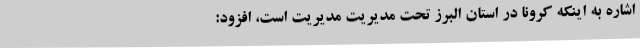
اشاره به اینکه کرونا در استان البرز تحت مدیریت مدیریت است، افزود: